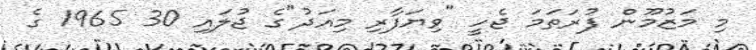
މި މަޒުމޫން ފުރަތަމަ ޖެހީ "ވިޔަފާރި މިއަދު"ގެ ޖުލައި 30 1965 ގެ